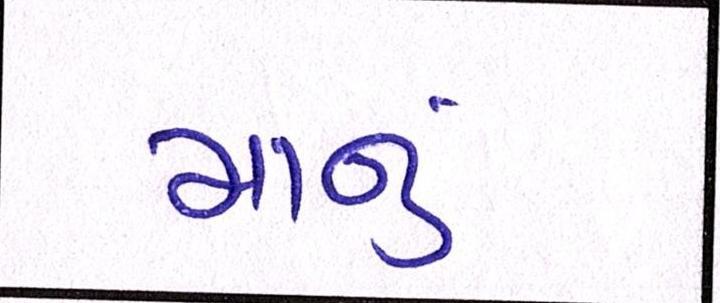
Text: માનું